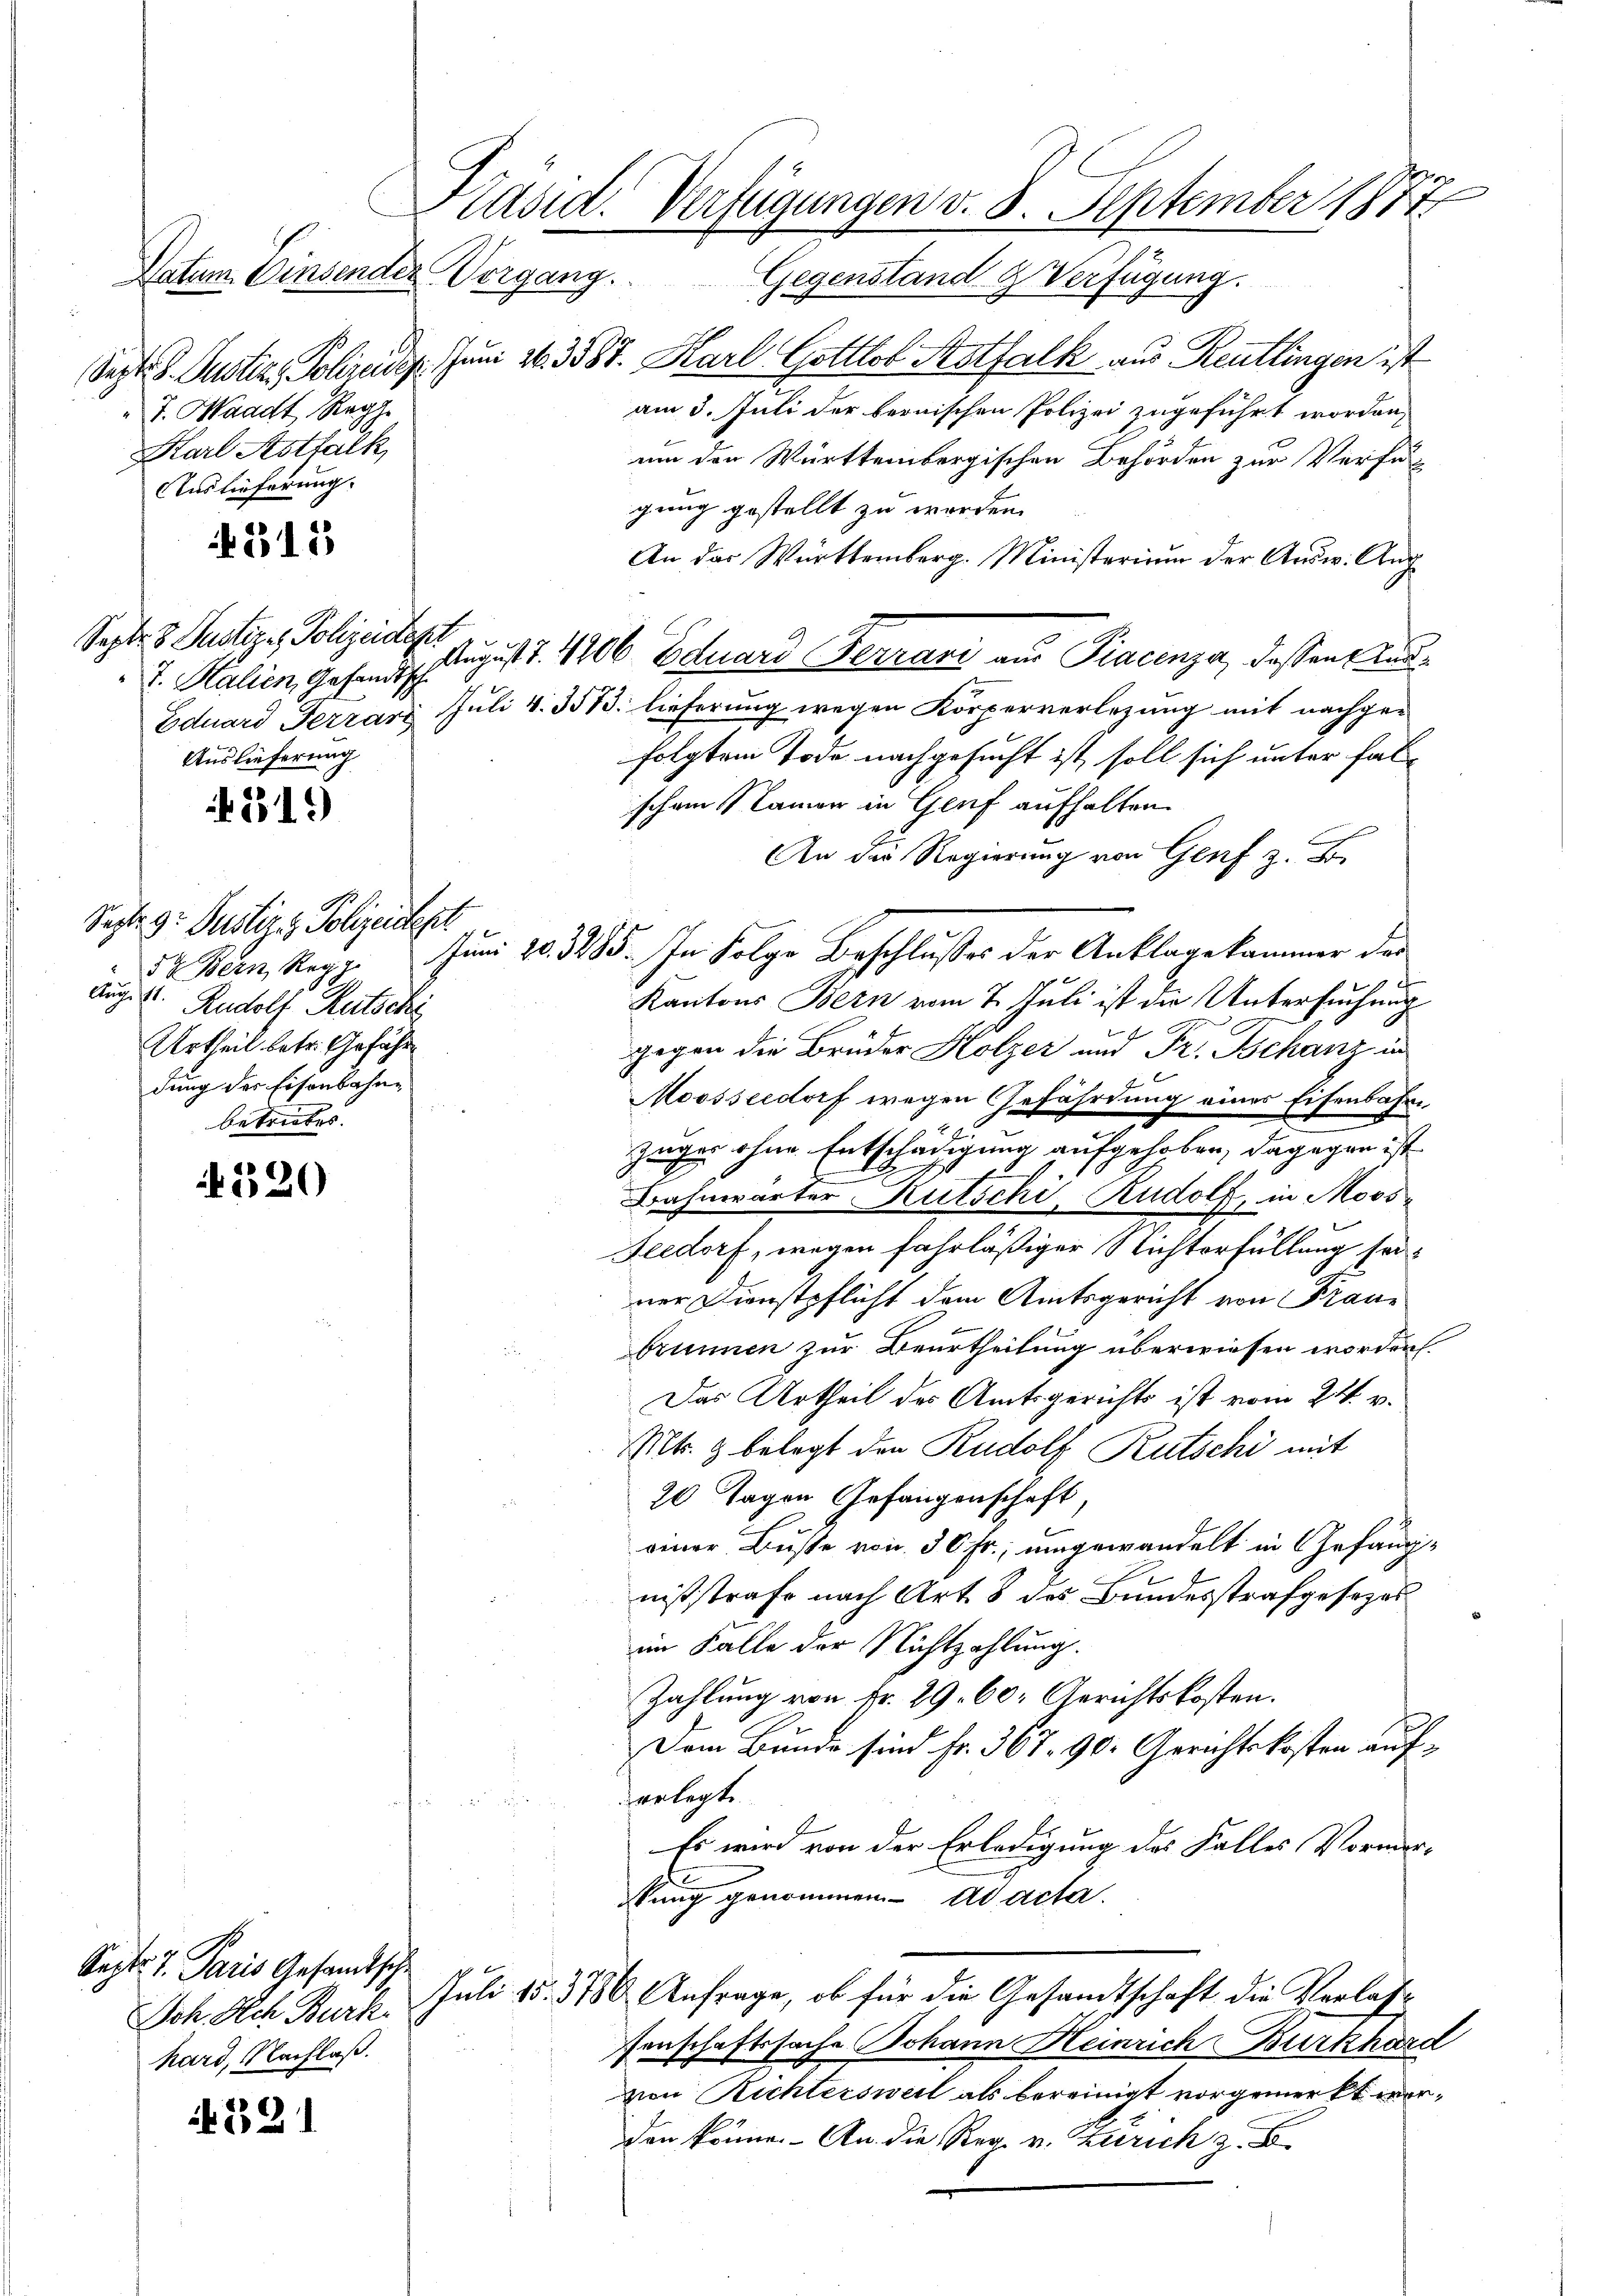
Präsid. Verfügungen v. 8. September 1877
Natum Einsender Vorgang. Gegenstand & Verfügung.

T. Waadt Reg
Harl Asthälk
Auslieferung.

315

Sept. 8. Justiges Polizeiden
4
7. Stalien, Gesandtsch

Auslieferung

219)

Sept. 9. Justiz- & Polizeichert
Aug. 11.
Rudolf Rutsche
Urtheil betr. Geführ
dung des Eisenbahnbetriebes. |

D
520

Sept. v. Paris Gesandtsche
hard, Nachlaß.

321

Sept. 8. Justiz, Polizeidig. Juni 16. 3588. Karl Gottlob Astfalk aus Reutlingen ist
am 3. Juli der bernischen Polizei zugeführt worden,
um den Württembergischen Behörden zur Verfügung gestellt zu werden.
An das Württemberg. Ministerium der Ausw. Auch
August 1. 406 Eduard Ferrani aus Piacenza, dassen Kan¬
Eduard Ferrard Juli v. 313. lieferung wegen Körperverlegung mit nachgefolgtem Tode nachgesucht ist, soll sich unter falschen Namen in Genf aufhalten.
An die Regierung von Genf z. B.
52. Bern Ragg. Juni 20. 3285. In Folge Beschlŭsses der Anklage kammer der
Kantons Bern vom 7. Juli ist die Untersuchung
gegen die Brüder Holzer und Fr. Schanz in
Moosseldorf wegen Gefährdung eines Eisenbahre
zuger ohne Entschädigung aufgehoben, dagegen ist
Bahnwärter Kutschi, Rudolf, in Moos¬
Seedorf, wegen fahrläßiger Richterfüllung sei
ner Dienstpflicht dem Amtsgericht von Franbrunnen zur Beurtheilung überwiesen worden.
Das Urtheil des Amtsgerichts ist vom 24. v.
Mt. & belegt den Rudolf Rutschi mit
20 Tagen Gefangenschaft,
einer Busse von 50 Fr.; umgewandelt in Gefängnißstrafe nach Art. 8 des Bundesstrafgesezes
im Falle der Nichtzahlung.
Zahlung von Fr. 29. 60. Gerichtskosten.
Dem Bunde sind Fr. 367. 90. Gerichtskosten auferlegte.
Es wird von der Erledigung des Falles Vormersung genommen ad acta.
Ich. Ach Burk. Juli 15. 3786 Anfrage, ob für die Gesandtschaft die Verlassenschaftssache Johann Heinrich Burkhard
von Richtersweil als bereinigt vorgemerkt werden könne. An die Reg. v. Zürich z. B.